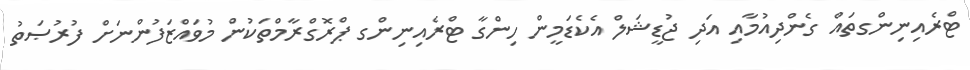
ޓްރެއިނިންގތައް ގެންދިއުމާއި އަދި ޖުޑީޝަލް އެކެޑަމީން ހިންގާ ޓްރެއިނިންގ ޕްރޮގްރާމްތަކުން މުވައްޒަފުންނަށް ފުރުޞަތު